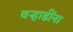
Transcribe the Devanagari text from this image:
वर्‍हाडींना